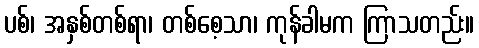
ပစ်၊ အနှစ်တစ်ရာ၊ တစ်စေ့သာ၊ ကုန်ခါမက ကြာသတည်း။